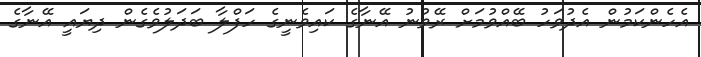
އެހެންކަމުން އެދުވަހު ބޭއްވުމަށް ރޭވުނު އޭނާގެ ކައިވެނީގެ ހަފްލާ ބަދަލުވެގެން ދިޔައީ އޭނާގެ